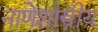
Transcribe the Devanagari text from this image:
नाणेशास्त्रीय